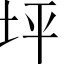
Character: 坪